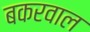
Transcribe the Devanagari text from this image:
बकरवाल